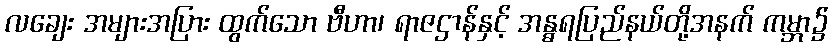
လချေး အများအပြား ထွက်သော ဗီဟာ၊ ရာဇဌာန်နှင့် အန္ဓရပြည်နယ်တို့အနက် ကမ္ဘာ၌